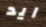
ايد